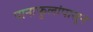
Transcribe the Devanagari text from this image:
पानाफुलांपासून